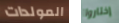
المولدات إختاروا